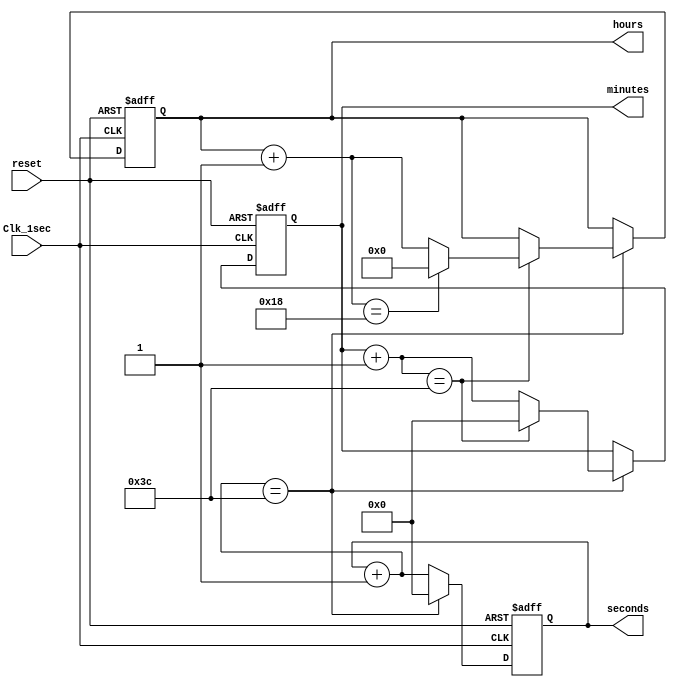
module Digital_Clock(
    Clk_1sec,  //Clock with 1 Hz frequency
    reset,     //active high reset
    seconds,
    minutes,
    hours);

//What are the Inputs?
    input Clk_1sec;  
    input reset;
//What are the Outputs? 
    output [5:0] seconds;
    output [5:0] minutes;
    output [4:0] hours;
//Internal variables.
    reg [5:0] seconds;
    reg [5:0] minutes;
    reg [4:0] hours; 

   //Execute the always blocks when the Clock or reset inputs are 
    //changing from 0 to 1(positive edge of the signal)
    always @(posedge(Clk_1sec) or posedge(reset))
    begin
        if(reset == 1'b1) begin  //check for active high reset.
            //reset the time.
            seconds = 0;
            minutes = 0;
            hours = 0;  end
        else if(Clk_1sec == 1'b1) begin  //at the beginning of each second
            seconds = seconds + 1; //increment sec
            if(seconds == 60) begin //check for max value of sec
                seconds = 0;  //reset seconds
                minutes = minutes + 1; //increment minutes
                if(minutes == 60) begin //check for max value of min
                    minutes = 0;  //reset minutes
                    hours = hours + 1;  //increment hours
                   if(hours ==  24) begin  //check for max value of hours
                        hours = 0; //reset hours
                    end 
                end
            end     
        end
    end     

endmodule